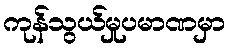
ကုန်သွယ်မှုပမာဏမှာ